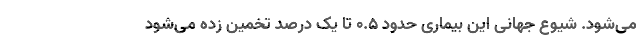
می‌شود. شیوع جهانی این بیماری حدود ۰.۵ تا یک درصد تخمین زده می‌شود